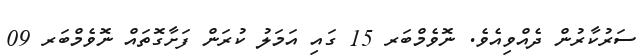
ސަރުކާރުން ދެއްވިއެވެ. ނޮވެމްބަރ 15 ގައި އަމަލު ކުރަން ފަށާގޮތައް ނޮވެމްބަރ 09